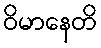
ဝိမာနေတိ